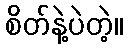
စိတ်နဲ့ပဲတဲ့။